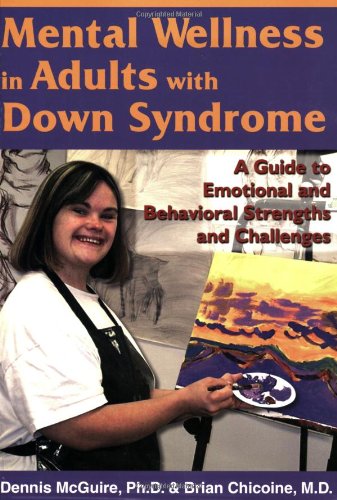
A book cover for Mental Wellness in Adults with Down Syndrome: A Guide to Emotional and Behavioral Strengths and Challenges; Dennis McGuire; Health, Fitness & Dieting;